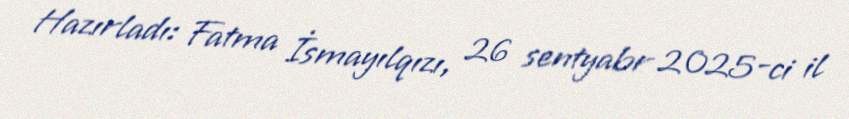
Hazırladı: Fatma İsmayılqızı, 26 sentyabr 2025-ci il